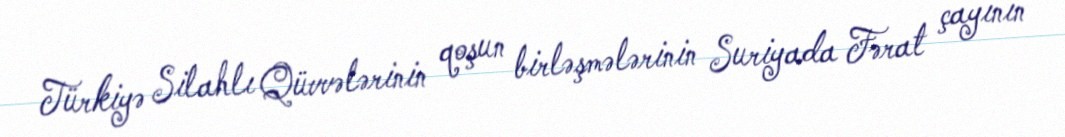
Türkiyə Silahlı Qüvvələrinin qoşun birləşmələrinin Suriyada Fərat çayının